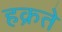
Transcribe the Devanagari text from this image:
हक्रते